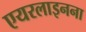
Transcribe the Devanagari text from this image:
एयरलाइनना